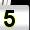
Digit: 5